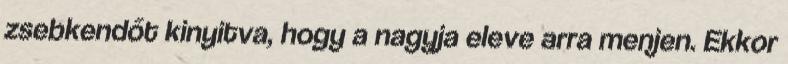
zsebkendőt kinyitva, hogy a nagyja eleve arra menjen. Ekkor